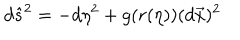
d \hat { s } ^ { 2 } = - d \eta ^ { 2 } + g ( r ( \eta ) ) ( d \vec { x } ) ^ { 2 }